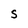
Character: S